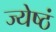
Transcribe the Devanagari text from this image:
ज्येष्ठं